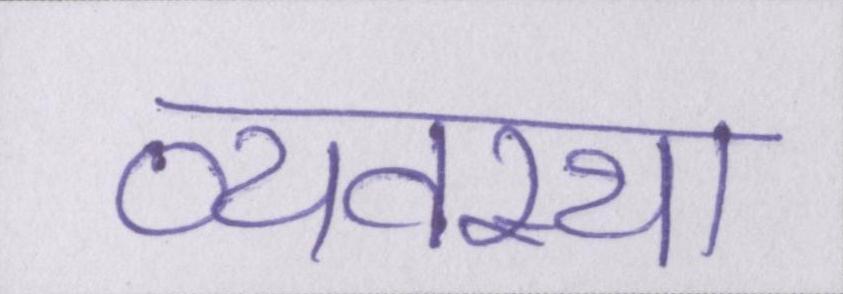
व्यवस्था